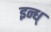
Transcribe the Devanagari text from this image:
इन्ध्‌